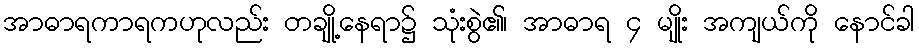
အာဓာရကာရကဟုလည်း တချို့နေရာ၌ သုံးစွဲ၏၊ အာဓာရ ၄ မျိုး အကျယ်ကို နောင်ခါ